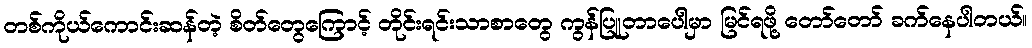
တစ်ကိုယ်ကောင်းဆန်တဲ့ စိတ်တွေကြောင့် တိုင်းရင်းသာစာတွေ ကွန်ပြူတာပေါမှာ မြင်ရဖို့ တော်တော် ခက်နေပါတယ်။